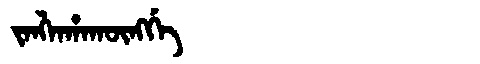
Manchu: ᠵᠠᠩᠯᠠᡥᠠᡴᡡᠩᡤᡝ
Romanization: JANGLAHAKŪNGGE